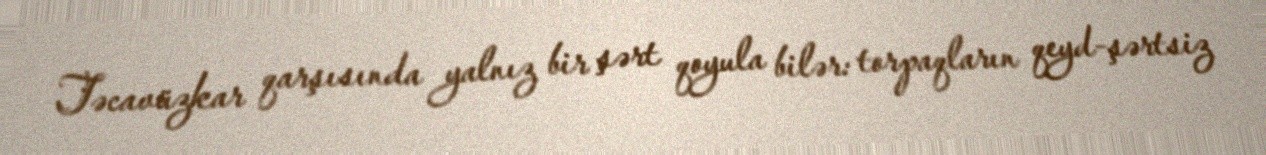
Təcavüzkar qarşısında yalnız bir şərt qoyula bilər: torpaqların qeyd-şərtsiz